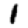
Digit: 1